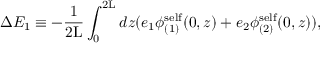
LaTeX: \Delta E _ { 1 } \equiv - \frac { 1 } { 2 \mathrm { L } } \int _ { 0 } ^ { 2 \mathrm { L } } d z ( e _ { 1 } { \phi } _ { ( 1 ) } ^ { \mathrm { s e l f } } ( 0 , z ) + e _ { 2 } { \phi } _ { ( 2 ) } ^ { \mathrm { s e l f } } ( 0 , z ) ) ,